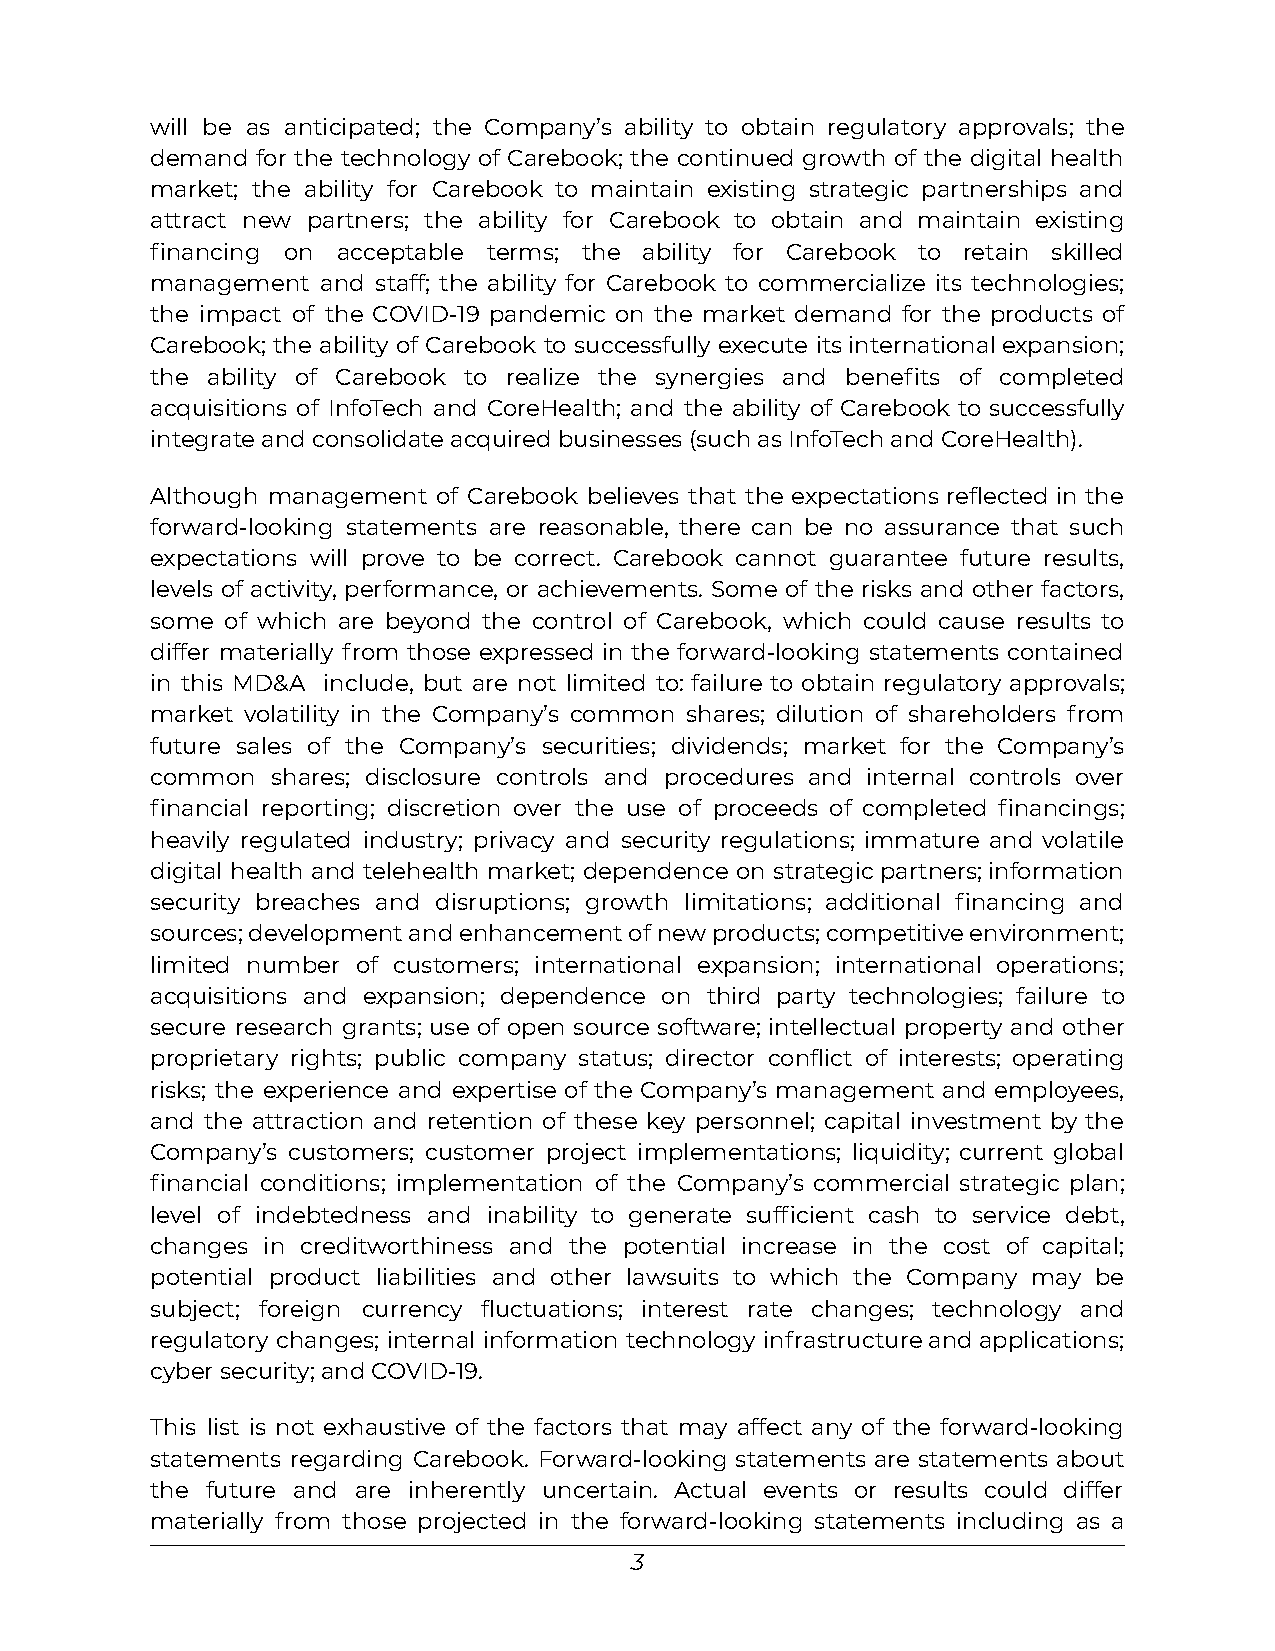
will be as anticipated; the Company’s ability to obtain regulatory approvals; the
 demand for the technology of Carebook; the continued growth of the digital health
 market; the ability for Carebook to maintain existing strategic partnerships and
 attract new partners; the ability for Carebook to obtain and maintain existing
 financing on acceptable terms; the ability for Carebook to retain skilled
 management and staff; the ability for Carebook to commercialize its technologies;
 the impact of the COVID-19 pandemic on the market demand for the products of
 Carebook; the ability of Carebook to successfully execute itsinternationalexpansion;
 the ability of Carebook to realize the synergies and benefits of completed
 acquisitions of InfoTech and CoreHealth; and the ability of Carebook to successfully
 integrate and consolidate acquired businesses (such as InfoTech and CoreHealth).
 Although management of Carebook believes that the expectations reflected in the
 forward-looking statements are reasonable, there can be no assurance that such
 expectations will prove to be correct. Carebook cannot guarantee future results,
 levels of activity, performance, or achievements. Some of the risks and other factors,
 some of which are beyond the control of Carebook, which could cause results to
 differ materially from those expressed in the forward-looking statements contained
 in this MD&A include, but are not limited to: failure to obtain regulatory approvals;
 market volatility in the Company’s common shares; dilution of shareholders from
 future sales of the Company’s securities; dividends; market for the Company’s
 common  shares; disclosure controls and procedures and internal controls over
 financial reporting; discretion over the use of proceeds of completed financings;
 heavily regulated industry; privacy and security regulations; immature and volatile
 digital health and telehealth market; dependence on strategicpartners;information
 security breaches and disruptions; growth limitations; additional financing and
 sources;developmentandenhancementofnewproducts;competitiveenvironment;
 limited number of customers; international expansion; international operations;
 acquisitions and expansion; dependence on third party technologies; failure to
 secure research grants; use of open source software; intellectual property and other
 proprietary rights; public company status; director conflict of interests; operating
 risks; the experience and expertise of the Company’s management and employees,
 and the attraction and retention of these key personnel; capital investment by the
 Company’s customers; customer project implementations; liquidity; current global
 financial conditions; implementation of the Company’s commercial strategic plan;
 level of indebtedness and inability to generate sufficient cash to service debt,
 changes in creditworthiness and the potential increase in the cost of capital;
 potential product liabilities and other lawsuits to which the Company may be
 subject; foreign currency fluctuations; interest rate changes; technology and
 regulatory changes; internal information technology infrastructureandapplications;
 cyber security; and COVID-19.
 This list is not exhaustive of the factors that may affect any of the forward-looking
 statements regarding Carebook. Forward-looking statements are statements about
 the future and are inherently uncertain. Actual events or results could differ
 materially from those projected in the forward-looking statements including as a
 3